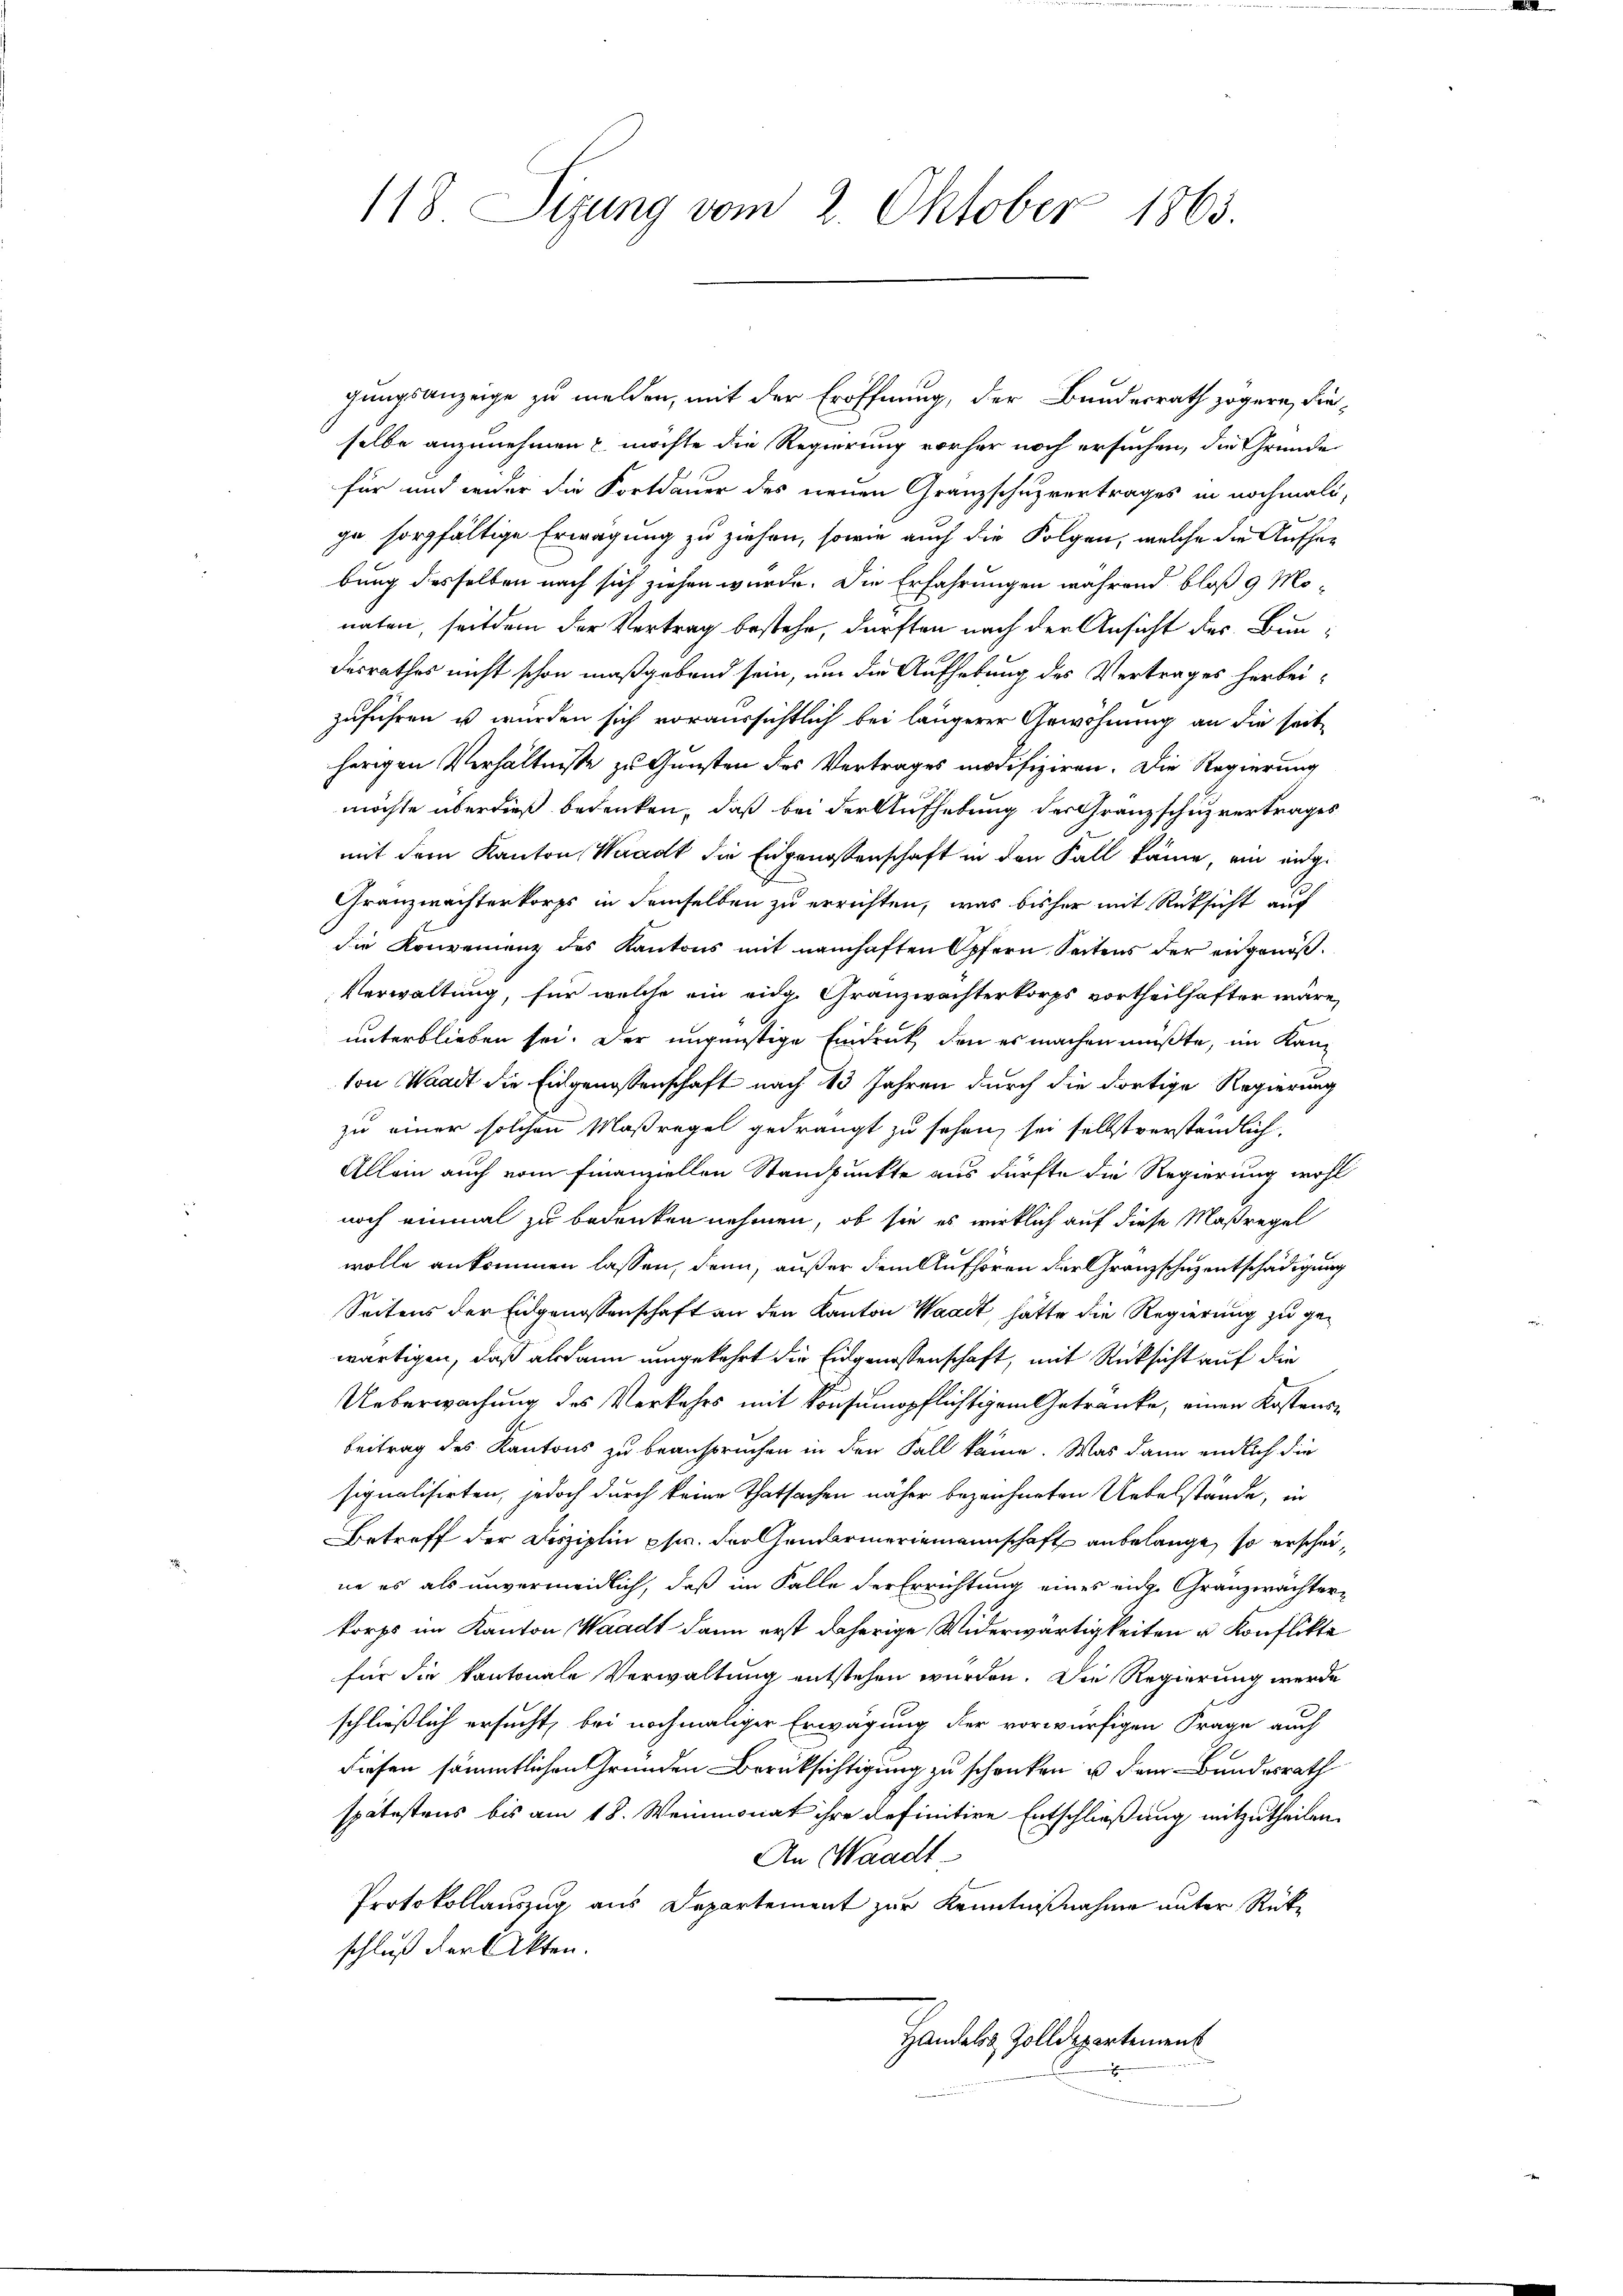
118 Sizung vom 2. Oktober 1863.

gungsanzeige zu melden, mit der Eröffnung, der Bundesrath zögern, dieselbe anzunehmen u. möchte die Regierung vorher noch ersuchen, die Gründe
für und weder die Fortdauer des neuen Granzschuzvertrages in nochmali-
ge sorgfältige Erwägung zu ziehen, sowie auch die Folgen, welche die Aufhebung desselben nach sich ziehen würde. Die Erfahrungen während bloß 9 Mo-
naten, seitdem der Vertrag bestehe, dürften nach der Ansicht der Bundesrathes nicht schon maßgebend sein, um die Aufhebung des Vertrages herbeizuführen u wurden sich voraussichtlich bei längerer Gewöhnung an die seitherigen Verhältnisse zu Gunsten des Vertrages modifiziren. Die Regierung
möchte überdieß bedenken, daß bei der Aufhebung der Granzschuzvertrages
mit dem Kanton Waadt die Eidgenossenschaft in den Fall käme, ein eig¬
Granzwachterkorps in demselben zu errichten, was bisher mit Rücksicht auf
die Konvenienz des Kantons mit namhaften Opfern Seitens der eidgenöß¬
Verwaltung, für welche ein eidg. Granzwachterkorps vortheilhafter wäre,
unterblieben sei. Der ungünstige Eindruck, den es machen müßte, im Kanton Waadt die Eidgenossenschaft nach 13 Jahren durch die dortige Regierung
zu einer solchen Maßregel gedrängt zu sehen, sei selbstverständlich.
Allein auch vom Finanziellen Standpunkte aus dürfte die Regierung wohl
noch einmal zu bedenken nehmen, ob sie es wirklich auf diese Maßregel
wolle ankommen lassen, denn, außer dem Aufhören der Granzschuzentschädigung
Seitens der Eidgenossenschaft an den Kanton Waadt, hätte die Regierung zu gewärtigen, daß alsdann umgekehrt die Eidgenossenschaft, mit Rücksicht auf die
Ueberwachung des Verkehrs mit konsumpflichtigem Getränke, einen Kostensbeitrag des Kantons zu beanspruchen in den Fall käme. Was dann endlich die
signalisirten, jedoch durch keine Thatsachen näher bezeichneten Uebelstände, in
Betreff der Disziplin pr. der Gendarmeriemannschaft anbelange, so erscheine es als unvermeidlich, daß im Falle der Errichtung eines eige Granzwachterkorps im Kanton Waadt dann erst daherige Widerwärtigkeiten u Konflikte
für die kantonale Verwaltung entstehen wurden. Die Regierung werde
schließlich ersucht, bei nochmaliger Erwägung der vorwürfigen Frage auch
diesen sämmtlichen Gründen Berücksichtigung zu schenken u dem Bundesrath
spätestens bis am 18. Weinmonat ihre definitive Entschließung mitzutheilen.
An Waadt
Protokollauszug aus Departement zur Kenntnißnahme unter Rückschluß der Akten.
Handels Zolldepartement